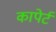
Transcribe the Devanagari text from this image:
कापेर्ट